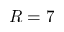
R = 7